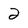
Character: 2